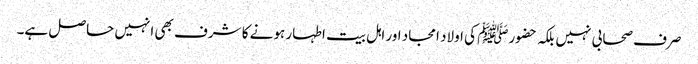
صرف صحابی نہیں بلکہ حضورﷺ کی اولاد امجاد اور اہل بیت اطہار ہونے کا شرف بھی انہیں حاصل ہے۔